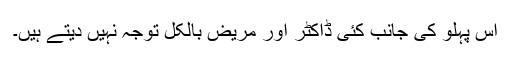
اس پہلو کی جانب کئی ڈاکٹر اور مریض بالکل توجہ نہیں دیتے ہیں۔